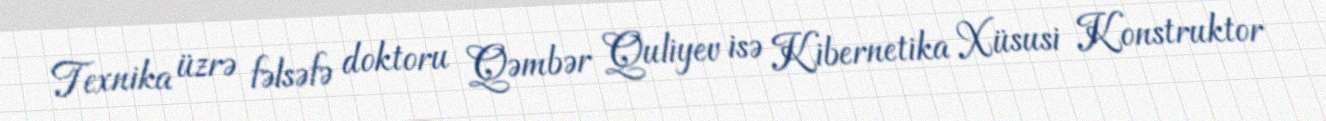
Texnika üzrə fəlsəfə doktoru Qəmbər Quliyev isə Kibernetika Xüsusi Konstruktor